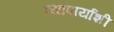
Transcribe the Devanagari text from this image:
व्यापार्याशी